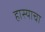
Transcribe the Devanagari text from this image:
हास्याचा